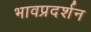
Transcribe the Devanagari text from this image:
भावप्रदर्शन